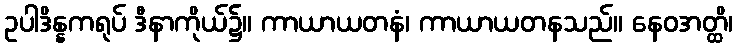
ဥပါဒိန္နကရုပ် ဒီနာကိုယ်၌။ ကာယာယတနံ၊ ကာယာယတနသည်။ နေဝအတ္ထိ၊